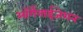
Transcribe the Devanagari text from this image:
ऑर्गेनाईजेशन